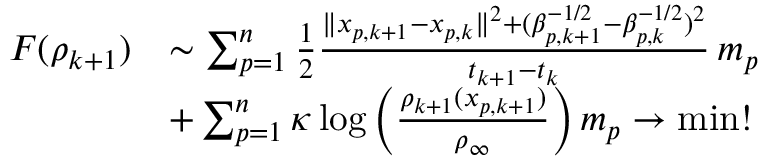
\begin{array} { r l } { F ( \rho _ { k + 1 } ) } & { \sim \sum _ { p = 1 } ^ { n } \frac { 1 } { 2 } \frac { \| x _ { p , k + 1 } - x _ { p , k } \| ^ { 2 } + ( \beta _ { p , k + 1 } ^ { - 1 / 2 } - \beta _ { p , k } ^ { - 1 / 2 } ) ^ { 2 } } { t _ { k + 1 } - t _ { k } } \, m _ { p } } \\ & { + \sum _ { p = 1 } ^ { n } \kappa \log \Big ( \frac { \rho _ { k + 1 } ( x _ { p , k + 1 } ) } { \rho _ { \infty } } \Big ) \, m _ { p } \to \operatorname* { m i n } ! } \end{array}